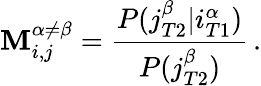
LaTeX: \mathbf{M}_{i,j}^{\alpha\neq\beta}=\frac{{P(j_{T2}^{\beta}|i_{T1}^{\alpha})}}{{P(j_{T2}^{\beta})}}\, .